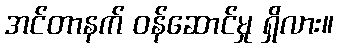
အင်တာနက် ဝန်ဆောင်မှု ရှိလား။